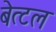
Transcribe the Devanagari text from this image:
बेत्टल